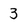
Character: 3